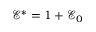
\mathcal { E } ^ { * } = 1 + \mathcal { E } _ { 0 }